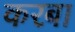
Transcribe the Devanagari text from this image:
करबा